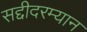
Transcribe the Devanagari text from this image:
सद्दीदरम्यान